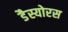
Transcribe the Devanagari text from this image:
डैस्योरस